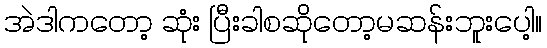
အဲဒါကတော့ ဆုံး ပြီးခါစဆိုတော့မဆန်းဘူးပေါ့။